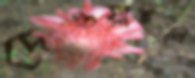
দেওয়াইলে